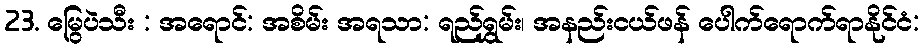
23. မြွေပဲသီး : အရောင်: အစိမ်း အရသာ: ရည်ရွှမ်း၊ အနည်းငယ်ဖန် ပေါက်ရောက်ရာနိုင်ငံ: